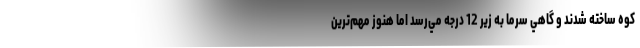
كوه ساخته شدند و گاهي سرما به زير 12 درجه مي‌رسد اما هنوز مهم‌ترين